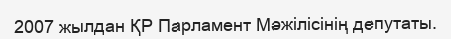
2007 жылдан ҚР Парламент Мәжілісінің депутаты.